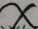
x